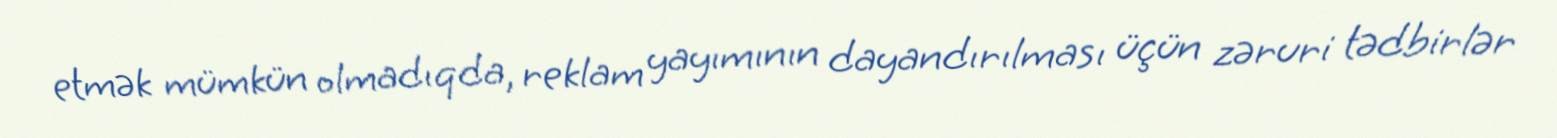
etmək mümkün olmadıqda, reklam yayımının dayandırılması üçün zəruri tədbirlər